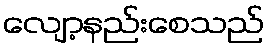
လျော့နည်းစေသည်